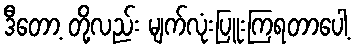
ဒီတော့ တို့လည်း မျက်လုံးပြူးကြရတာပေါ့